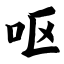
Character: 呕